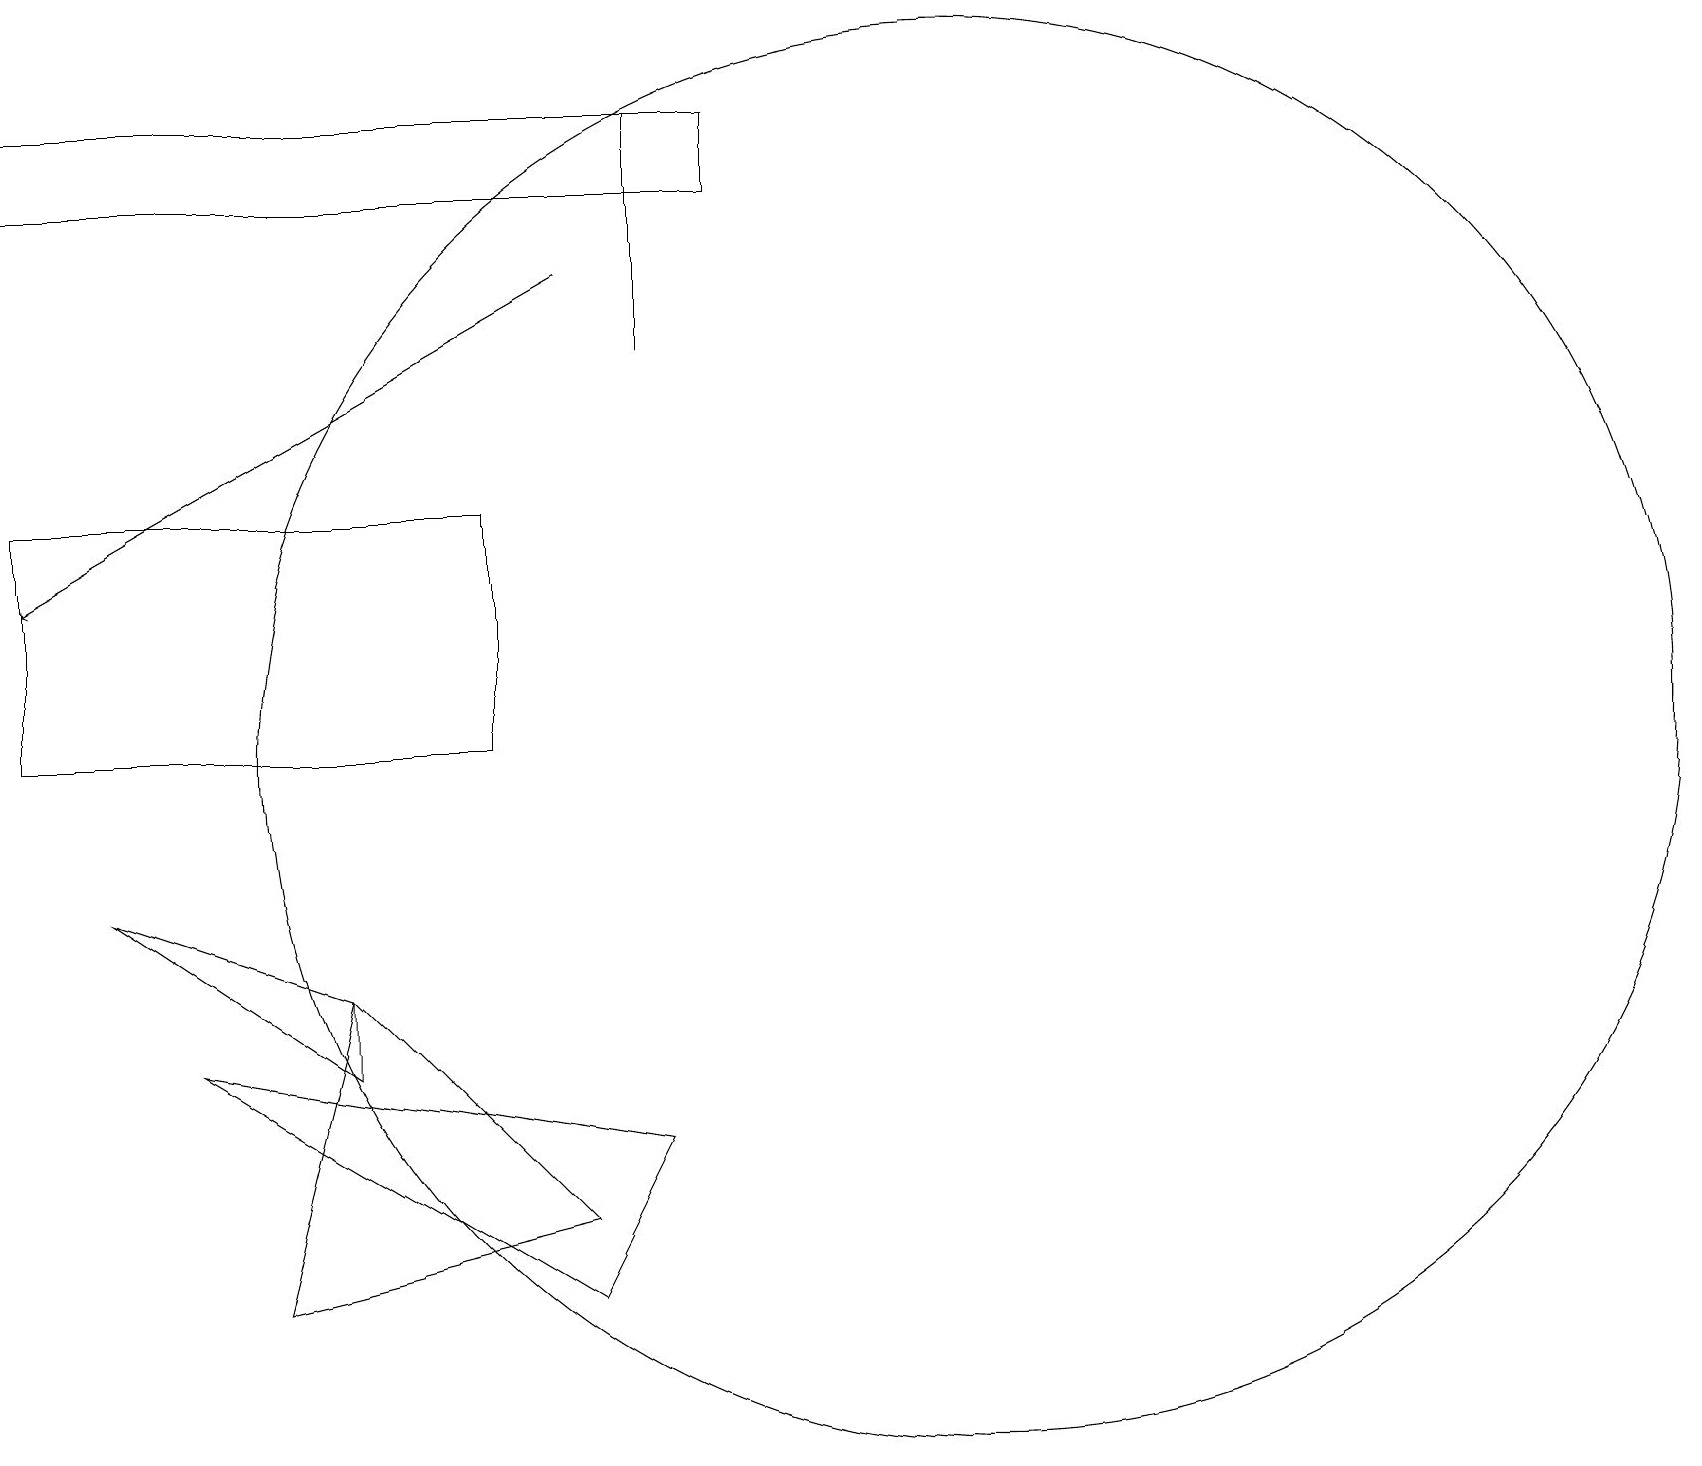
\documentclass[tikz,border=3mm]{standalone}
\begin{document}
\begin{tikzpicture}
\draw[->] (7,17) -- (0,13);
\draw (4,8) -- (4,7) -- (1,9) -- cycle;
\draw (0,11) rectangle (6,14);
\draw (3,4) -- (7,5) -- (4,8) -- cycle;
\draw (2,7) -- (7,4) -- (8,6) -- cycle;
\draw (12,11) circle (9);
\draw (8,19) rectangle (8,16);
\draw (9,19) rectangle (0,18);
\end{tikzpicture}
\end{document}